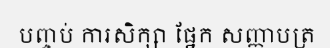
បញ្ចប់ ការសិក្សា ផ្នែក សញ្ញាបត្រ